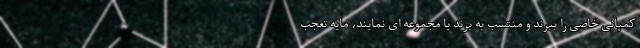
کمپانی خاصی را ببرند و منتسب به برند یا مجموعه ای نمایند، مایه تعجب